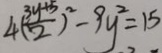
4 ( \frac { 3 y + 5 } { 2 } ) ^ { 2 } - 9 y ^ { 2 } = 1 5